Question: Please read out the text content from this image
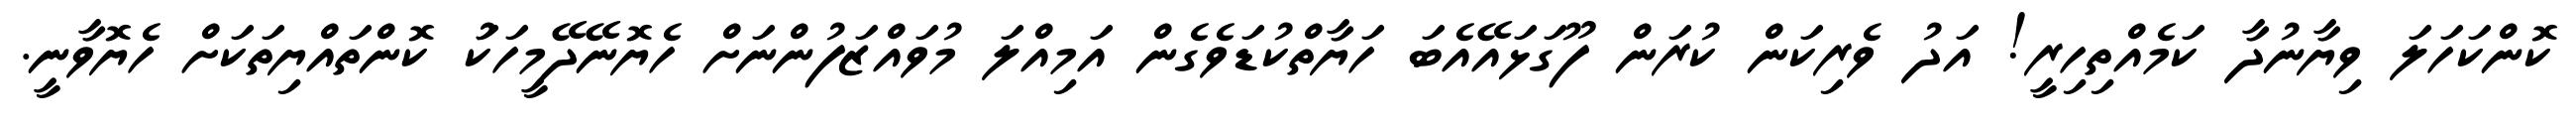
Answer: ކޮންކަހަލަ ވިޔާނުދާ ކަމެއްތިހިރީ! އަދު ވެރިކަން ކުރަން ފޫގަޅައޭއެބަ ހަޔާތްކުޑަވެގެން އަމިއްލަ މުވައްޒަފުންނަށް ހެޔޮނޭދޭމީހަކަު ކޮންތައްޔިތަކަށް ހެޔޮވާނީ.